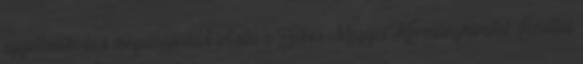
együttműködési megállapodást írt alá a Békés Megyei Kormányhivatal. Ezúttal